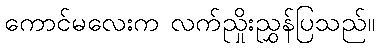
ကောင်မလေးက လက်ညှိုးညွှန်ပြသည်။